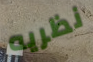
نظريه